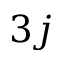
3 j